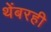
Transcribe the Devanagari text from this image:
थेंबरही